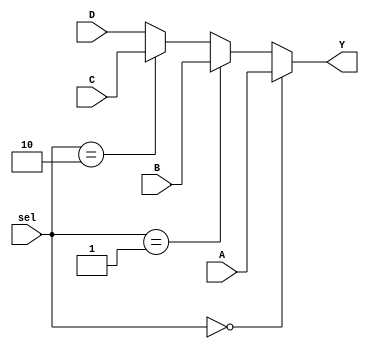
`timescale 1ns / 1ps
//////////////////////////////////////////////////////////////////////////////////
// Company: 
// Engineer: 
// 
// Design Name: 
// Module Name:    mux4to1 
// Project Name: 
// Target Devices: 
// Tool versions: 
// Description: 
//
// Dependencies: 
//
// Revision: 
// Revision 0.01 - File Created
// Additional Comments: 
//
//////////////////////////////////////////////////////////////////////////////////
module mux4to1( input [3:0] A, B, C, D, input [1:0] sel, output [3:0] Y);
	assign Y = (sel==0)?A : (sel==1)?B : (sel==2)?C : D;
endmodule